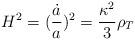
LaTeX: \begin{align*}H^2=(\frac{\dot{a}}{a})^2=\frac{\kappa^2}{3}\rho_T\end{align*}